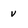
Character: v